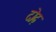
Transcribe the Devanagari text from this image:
दोढ़